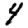
Digit: 4